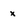
Character: x